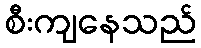
စီးကျနေသည်